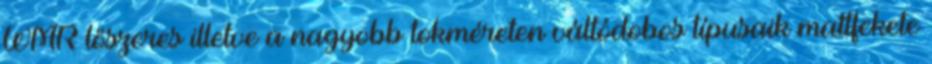
WMR lőszeres illetve a nagyobb tokméreten váltódobos típusaik mattfekete